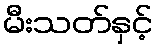
မီးသတ်နှင့်